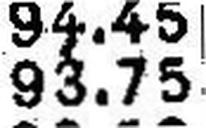
93.75